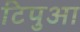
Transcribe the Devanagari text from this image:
टिपुआ